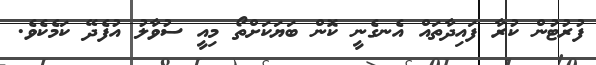
ފުރުޓުން ކުރާ ފައިދާތައް އެނގެނީ ކޮން ބަޔަކަށްތޯ މިއީ ސުވާލު އުފެދޭ ކަމެކެވެ.